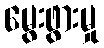
မွေးဖွားမှု